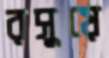
রসুয়ে